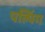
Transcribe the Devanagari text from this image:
पल्पिंग